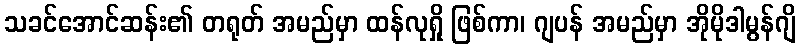
သခင်အောင်ဆန်း၏ တရုတ် အမည်မှာ ထန်လုရှို ဖြစ်ကာ၊ ဂျပန် အမည်မှာ အိုမိုဒါမွန်ဂျိ